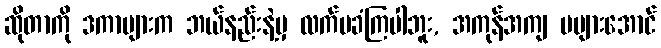
ဆိုတာကို ဒကာများက ဘယ်နည်းနဲ့မှ လက်မခံကြပါဘူး, အကုန်အကျ မများအောင်